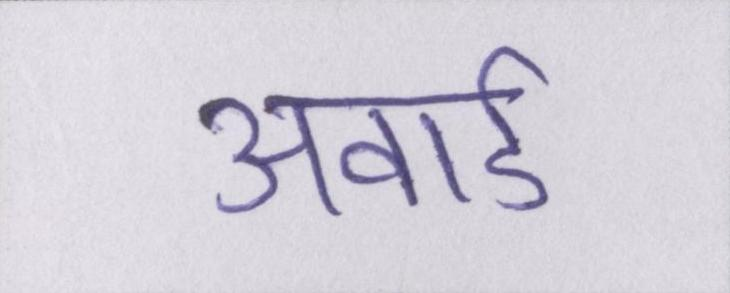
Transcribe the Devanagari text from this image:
अवार्ड